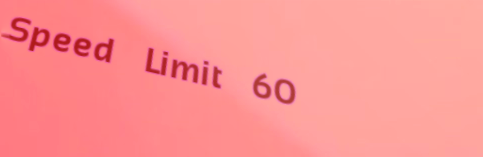
Speed Limit 60